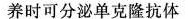
养时可分泌单克隆抗体